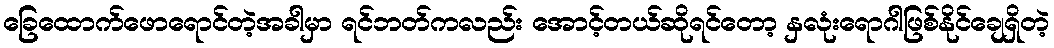
ခြေထောက်ဖောရောင်တဲ့အခါမှာ ရင်ဘတ်ကလည်း အောင့်တယ်ဆိုရင်တော့ နှလုံးရောဂါဖြစ်နိုင်ချေရှိတဲ့